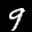
Label: 9